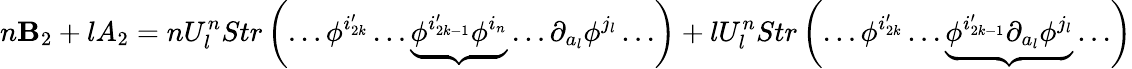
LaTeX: n\mathbf{B}_{2}+lA_{2}=nU_{l}^{n}Str\left(\ldots\phi^{i_{2k}^{\prime}}\ldots\underbrace{{\phi^{i_{2k-1}^{\prime}}\phi^{i_{n}}}}\ldots\partial_{a_{l}}\phi^{j_{l}}\ldots\right)+lU_{l}^{n}Str\left(\ldots\phi^{i_{2k}^{\prime}}\ldots\underbrace{{\phi^{i_{2k-1}^{\prime}}\partial_{a_{l}}\phi^{j_{l}}}}\ldots\right)